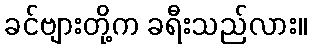
ခင်ဗျားတို့က ခရီးသည်လား။